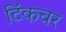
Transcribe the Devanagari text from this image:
टिंकचर